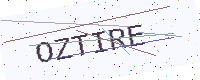
Text: OZTIRE